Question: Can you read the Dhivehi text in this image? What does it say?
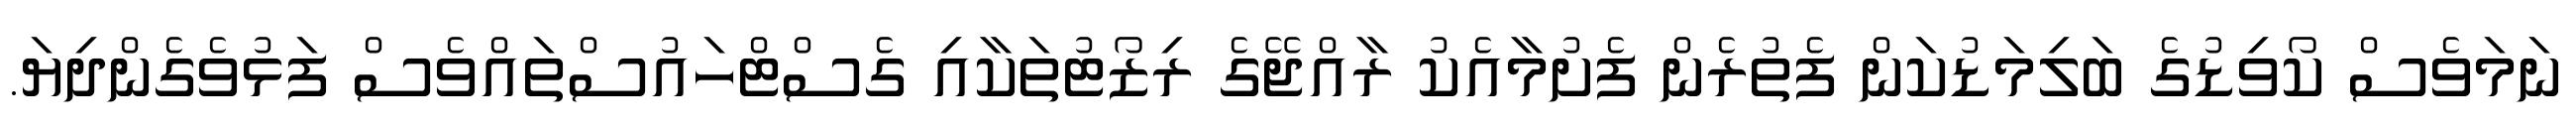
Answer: ނަމަވެސް ކޯވިޑުގެ ބަލިމަޑުކަން ފެތުރެން ފެށުމާއެކު ރާއްޖޭގެ ރިޒޯޓުތަކާއި ގެސްޓްހައުސްތައްވެސް ފަޅުވެގެންދިޔަ.